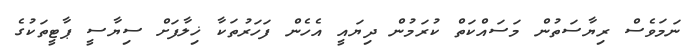
ނަމަވެސް ރިޔާސަތުން މަސައްކަތް ކުރަމުން ދިޔައީ އެހެން ފަހަރުތަކާ ޚިލާފަށް ސިޔާސީ ޕާޓީތަކުގެ